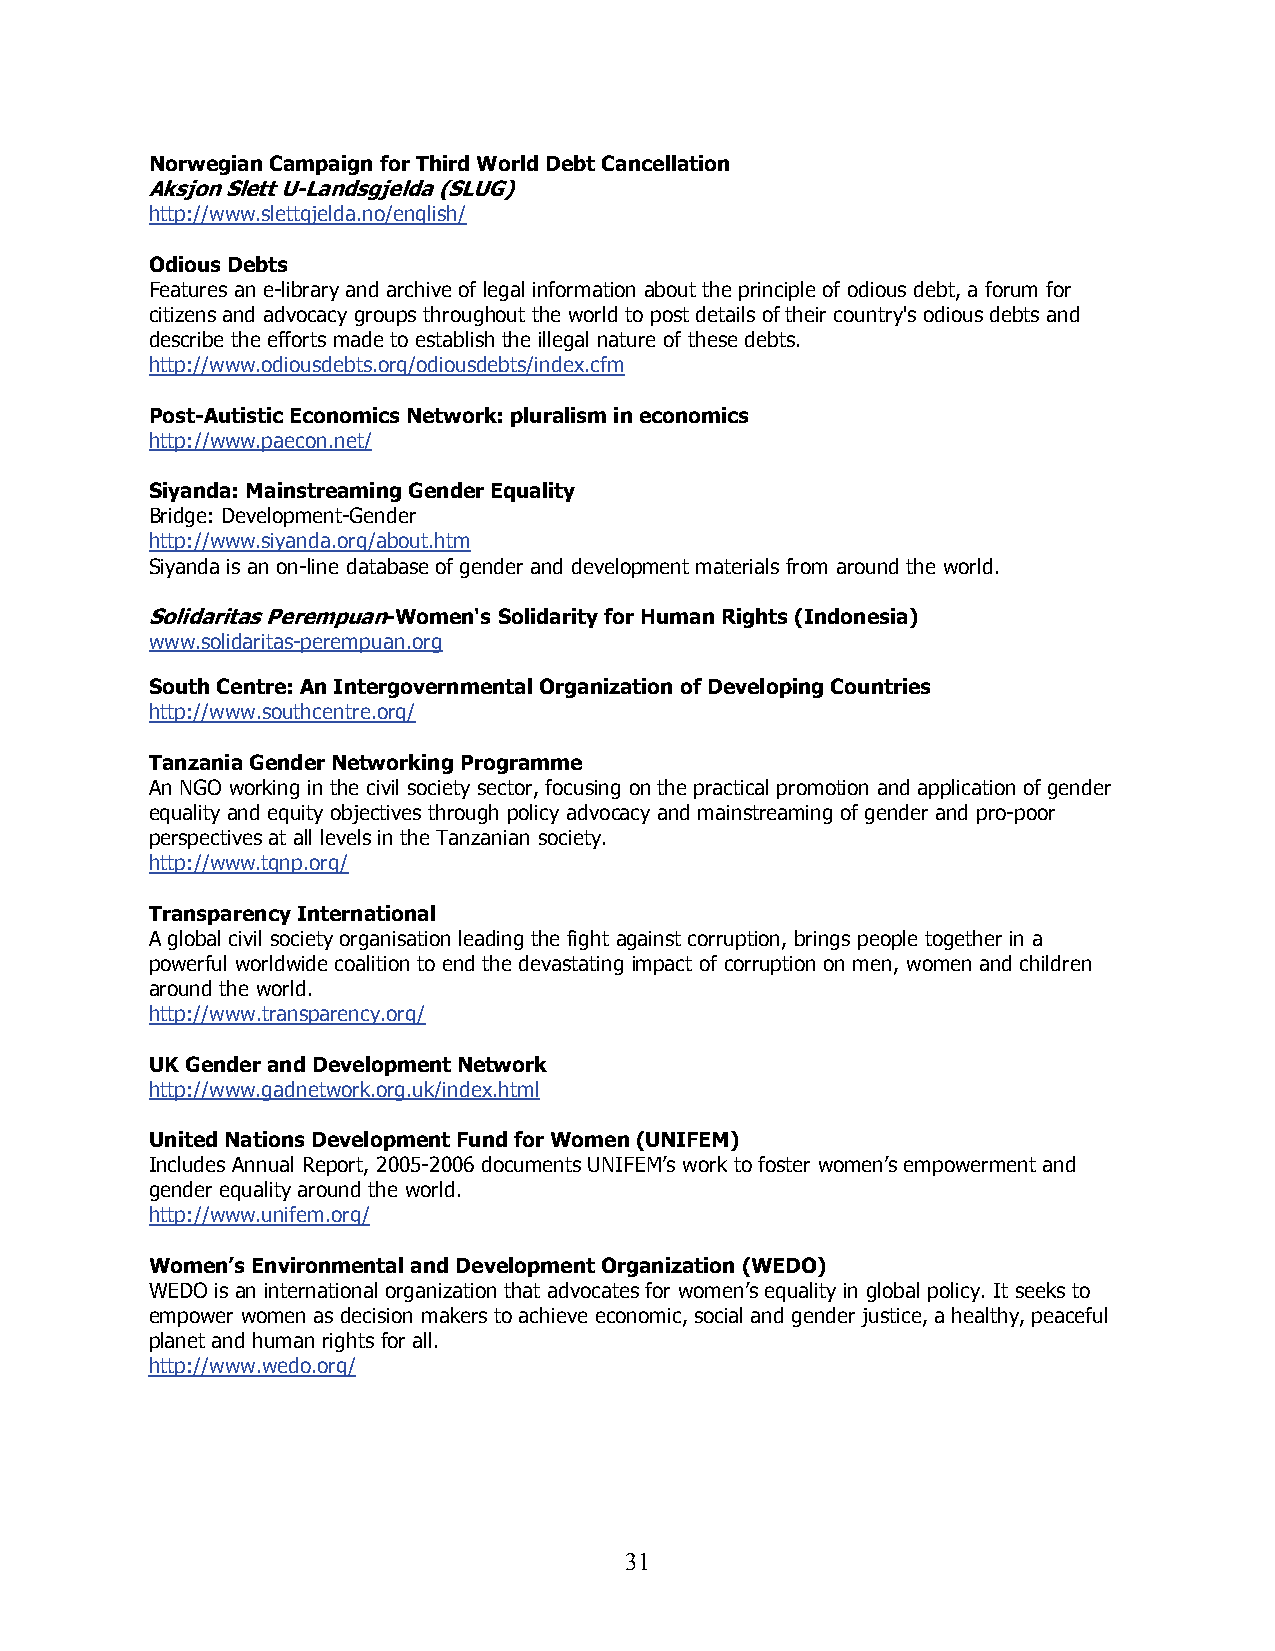
Norwegian Campaign for Third World Debt Cancellation
 Aksjon Slett U-Landsgjelda (SLUG)
 http://www.slettgjelda.no/english/
 Odious Debts
 Features an e-library and archive of legal information about the principle of odious debt, a forum for
 citizens and advocacy groups throughout the world to post details of their country's odious debts and
 describe the efforts made to establish the illegal nature of these debts.
 http://www.odiousdebts.org/odiousdebts/index.cfm
 Post-Autistic Economics Network: pluralism in economics
 http://www.paecon.net/
 Siyanda: Mainstreaming Gender Equality
 Bridge: Development-Gender
 http://www.siyanda.org/about.htm
 Siyanda is an on-line database of gender and development materials from around the world.
 Solidaritas Perempuan-Women's Solidarity for Human Rights (Indonesia)
 www.solidaritas-perempuan.org
 South Centre: An Intergovernmental Organization of Developing Countries
 http://www.southcentre.org/
 Tanzania Gender Networking Programme
 An NGO working in the civil society sector, focusing on the practical promotion and application of gender
 equality and equity objectives through policy advocacy and mainstreaming of gender and pro-poor
 perspectives at all levels in the Tanzanian society.
 http://www.tgnp.org/
 Transparency International
 A global civil society organisation leading the fight against corruption, brings people together in a
 powerful worldwide coalition to end the devastating impact of corruption on men, women and children
 around the world.
 http://www.transparency.org/
 UK Gender and Development Network
 http://www.gadnetwork.org.uk/index.html
 United Nations Development Fund for Women (UNIFEM)
 Includes Annual Report, 2005-2006 documents UNIFEM’s work to foster women’s empowerment and
 gender equality around the world.
 http://www.unifem.org/
 Women’s Environmental and Development Organization (WEDO)
 WEDO is an international organization that advocates for women’s equality in global policy. It seeks to
 empower women as decision makers to achieve economic, social and gender justice, a healthy, peaceful
 planet and human rights for all.
 http://www.wedo.org/
 3 1